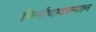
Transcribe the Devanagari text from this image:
निर्माणादरम्यान